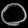
Digit: ၀